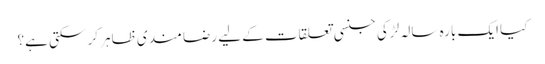
کیا ایک بارہ سالہ لڑکی جنسی تعلقات کے لیے رضا مندی ظاہر کر سکتی ہے؟